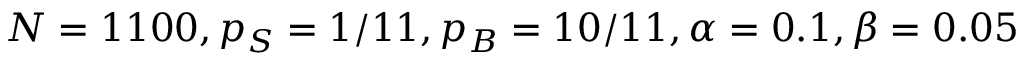
N = 1 1 0 0 , p _ { S } = 1 / 1 1 , p _ { B } = 1 0 / 1 1 , \alpha = 0 . 1 , \beta = 0 . 0 5